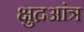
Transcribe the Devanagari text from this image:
क्षुद्रआंत्र